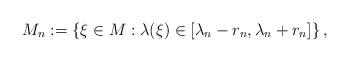
LaTeX: \begin{align*}M_{n}:=\left\{\xi\in M:\lambda(\xi)\in[\lambda_{n}-r_{n},\lambda_{n}+r_{n}]\right\},\end{align*}